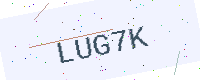
Text: LUG7K